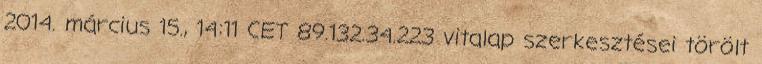
2014. március 15., 14:11 CET 89.132.34.223 vitalap szerkesztései törölt